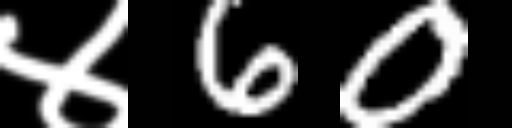
Text: ४60